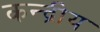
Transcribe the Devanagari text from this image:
कन्द्रीय